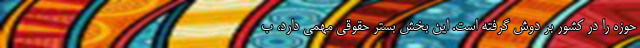
حوزه را در کشور بر دوش گرفته است. این بخش بستر حقوقی مهمی دارد، ب